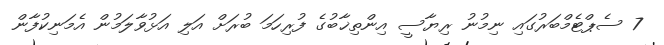
7 ސެޕްޓެމްބަރުގައި ނިމުނު ރިޔާސީ އިންތިޚާބުގެ ފުރިހަމަ ބުރަށް އަލި އަޅުވާލަމުން އެމަނިކުފާން